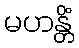
မဟန္တိံ